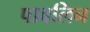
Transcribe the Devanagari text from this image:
पावलिन